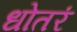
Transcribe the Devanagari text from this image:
धोतरं